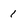
Character: 1